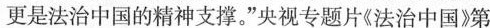
更是法治中国的精神支撑。”央视专题片《法治中国》第